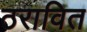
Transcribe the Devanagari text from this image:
ठरावित